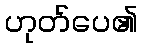
ဟုတ်ပေ၏